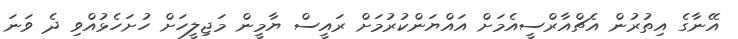
އޭނާގެ އިތުރުން އެޗްއާރްސީއެމަށް އައްޔަންކުރުމަށް ރައީސް ޔާމީން މަޖިލީހަށް ހުށަހެޅުއްވި ދެ ވަނަ